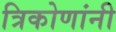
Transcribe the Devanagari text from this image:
त्रिकोणांनी